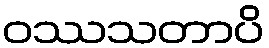
ဝဿသတာပိ